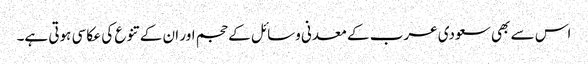
اس سے بھی سعودی عرب کے معدنی وسائل کے حجم اور ان کے تنوع کی عکاسی ہوتی ہے۔